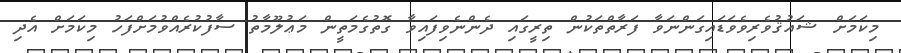
މިކަމަށް ޝައުޤުވެރިވެވަޑައިގަންނަވާ ފަރާތްތަކުން ތިރީގައި ދެންނެވިފައިވާ ގޮތުގެމަތީން މަޢުލޫމާތު ސާފުކުރެއްވުމަށްފަހު މިކަމަށް އެދި